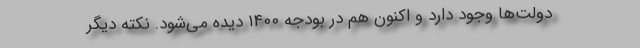
دولت‌ها وجود دارد و اکنون هم در بودجه ۱۴۰۰ دیده می‌شود. نکته دیگر